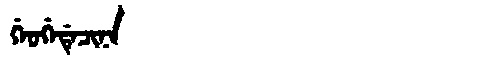
Manchu: ᡤᡝᠣᡤᡝᡩᡝᠴᡳᠨᠠ
Romanization: GEOGEDECINA